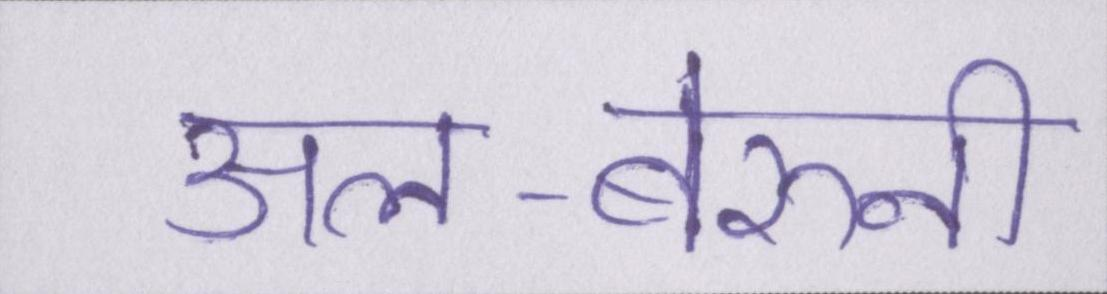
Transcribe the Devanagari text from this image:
अल-बेरुनी